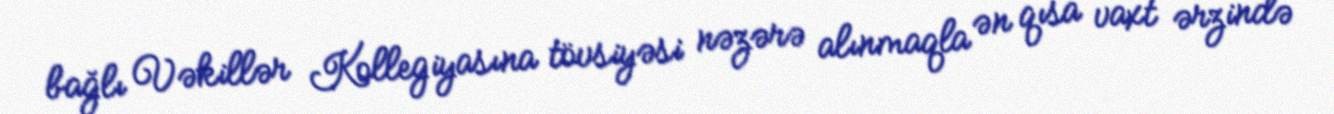
bağlı Vəkillər Kollegiyasına tövsiyəsi nəzərə alınmaqla ən qısa vaxt ərzində